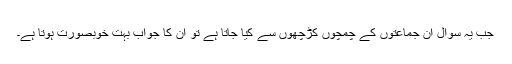
جب یہ سوال ان جماعتوں کے چمچوں کڑچھوں سے کیا جاتا ہے تو ان کا جواب بہت خوبصورت ہوتا ہے۔